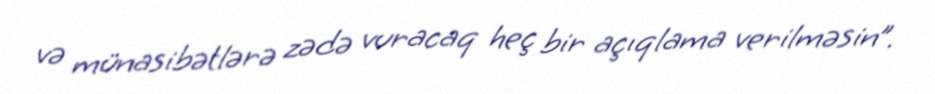
və münasibətlərə zədə vuracaq heç bir açıqlama verilməsin”.